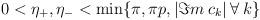
LaTeX: \begin{align*}0<\eta _{+},\eta _{-}<\min \{\pi ,\pi p,|\Im m\: c_{k}|\: \forall \: k\}\end{align*}